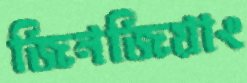
জিনজিয়াং